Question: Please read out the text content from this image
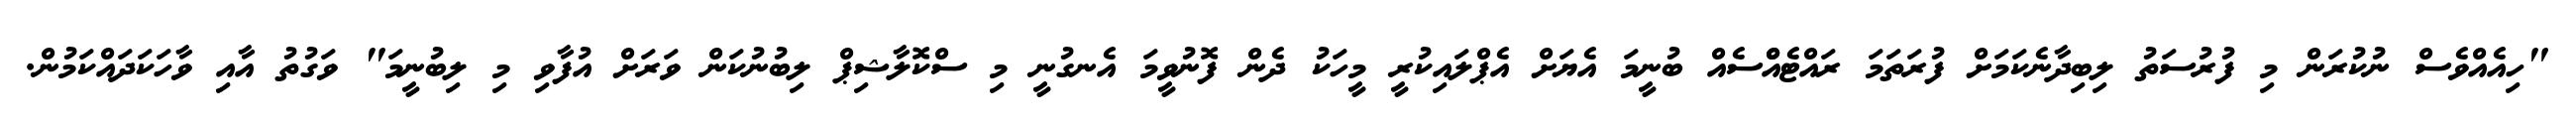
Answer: "ހިއެއްވެސް ނުކުރަން މި ފުރުސަތު ލިބިދާނެކަމަށް ފުރަތަމަ ރައްޓެއްްސެއް ބުނީމަ އެޔަށް އެޕްލައިކުރީ މީހަކު ދެން ފޮނުވީމަ އެނގުނީ މި ސްކޮލާޝިޕް ލިބުނުކަން ވަރަށް އުފާވި މި ލިބުނީމަ" ވަގުތު އާއި ވާހަކަދައްކަމުން.